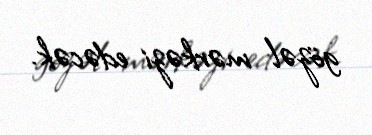
gözəl mərkəzi edəcək.